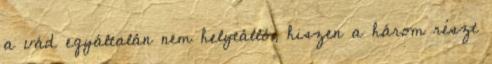
a vád egyáltalán nem helytálló, hiszen a három részt